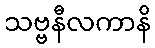
သဗ္ဗနီလကာနိ